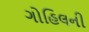
ગોહિલની